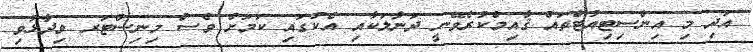
އަދި މި އިންސިޓިއުޓްތައް ޤާއިމްކުރެވޭނީ ދަނާލަކާއި އެކުގައި ކަމަށް ވެސް މިނިސްޓަރ ވިދާޅުވި